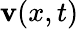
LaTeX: \mathbf{v}(x,t)